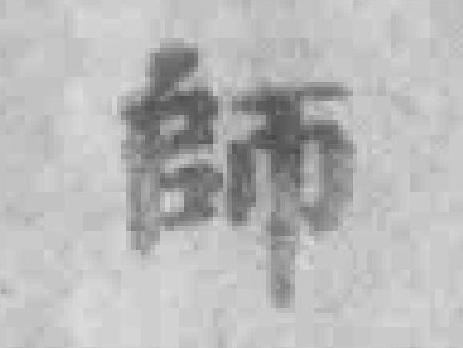
師